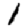
Digit: 1